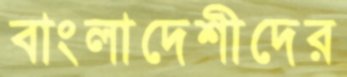
বাংলাদেশীদের